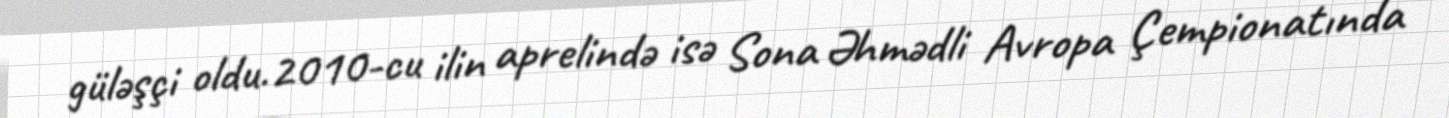
güləşçi oldu.2010-cu ilin aprelində isə Sona Əhmədli Avropa Çempionatında